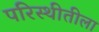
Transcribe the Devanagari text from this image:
परिस्थीतीला